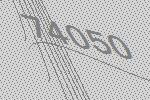
74050